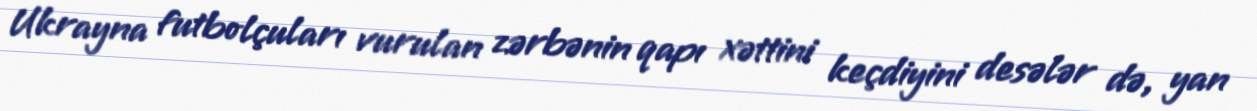
Ukrayna futbolçuları vurulan zərbənin qapı xəttini keçdiyini desələr də, yan